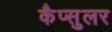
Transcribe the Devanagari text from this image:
कैप्सुलर